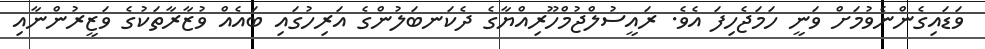
ވަޑައިގެންނެވުމަށް ވަނީ ހަމަޖެހިފަ އެވެ. ރައީސުލްޖުމްހޫރިއްޔާގެ ދެކަނބަލުންގެ އަރިހުގައި ބައެއް ވުޒާރާތަކުގެ ވަޒީރުންނާއި